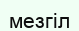
мезгіл